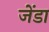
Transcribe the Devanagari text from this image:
जेंडा